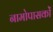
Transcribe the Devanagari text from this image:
नामोपासकों